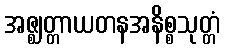
အဇ္ဈတ္တာယတနအနိစ္စသုတ္တံ